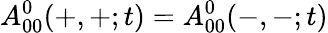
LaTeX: A_{00}^{0}(+,+;t)=A_{00}^{0}(-,-;t)